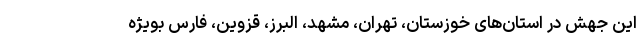
این جهش در استان‌های خوزستان، تهران، مشهد، البرز، قزوین، فارس بویژه